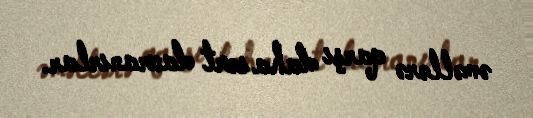
əməllərə qarşı daha sərt davranırlar.